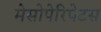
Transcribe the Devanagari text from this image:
मेसोपेरिपेटस